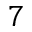
7